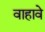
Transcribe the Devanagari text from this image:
वाहावे